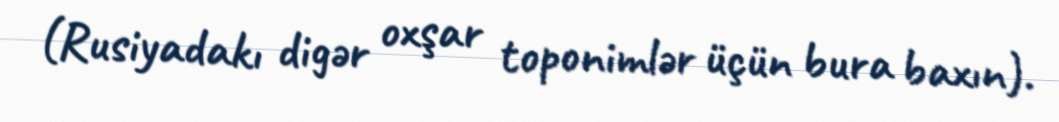
(Rusiyadakı digər oxşar toponimlər üçün bura baxın).